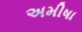
અમીષા